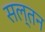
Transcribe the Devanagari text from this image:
सल्तन